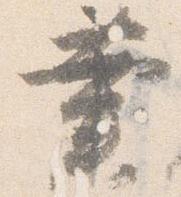
業